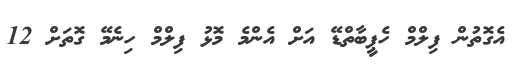
އެގޮތުން ފިލްމް ހެޕީބާތްޑޭ އަށް އެންމެ މޮޅު ފިލްމް ހިނެމޭ ގޮތަށް 12